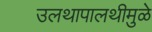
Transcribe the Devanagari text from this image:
उलथापालथीमुळे